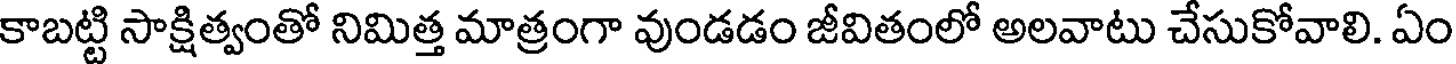
కాబట్టి సాక్షిత్వంతో నిమిత్త మాత్రంగా వుండడం జీవితంలో అలవాటు చేసుకోవాలి. ఏం